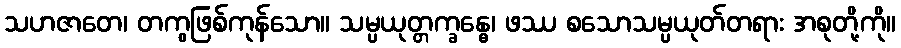
သဟဇာတေ၊ တကွဖြစ်ကုန်သော။ သမ္ပယုတ္တက္ခန္ဓေ၊ ဖဿ စသောသမ္ပယုတ်တရား အစုတို့ကို။